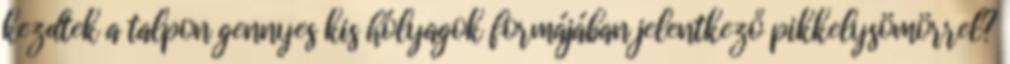
kezdtek a talpon gennyes kis hólyagok formájában jelentkező pikkelysömörrel?